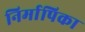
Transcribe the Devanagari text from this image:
निर्मापिका